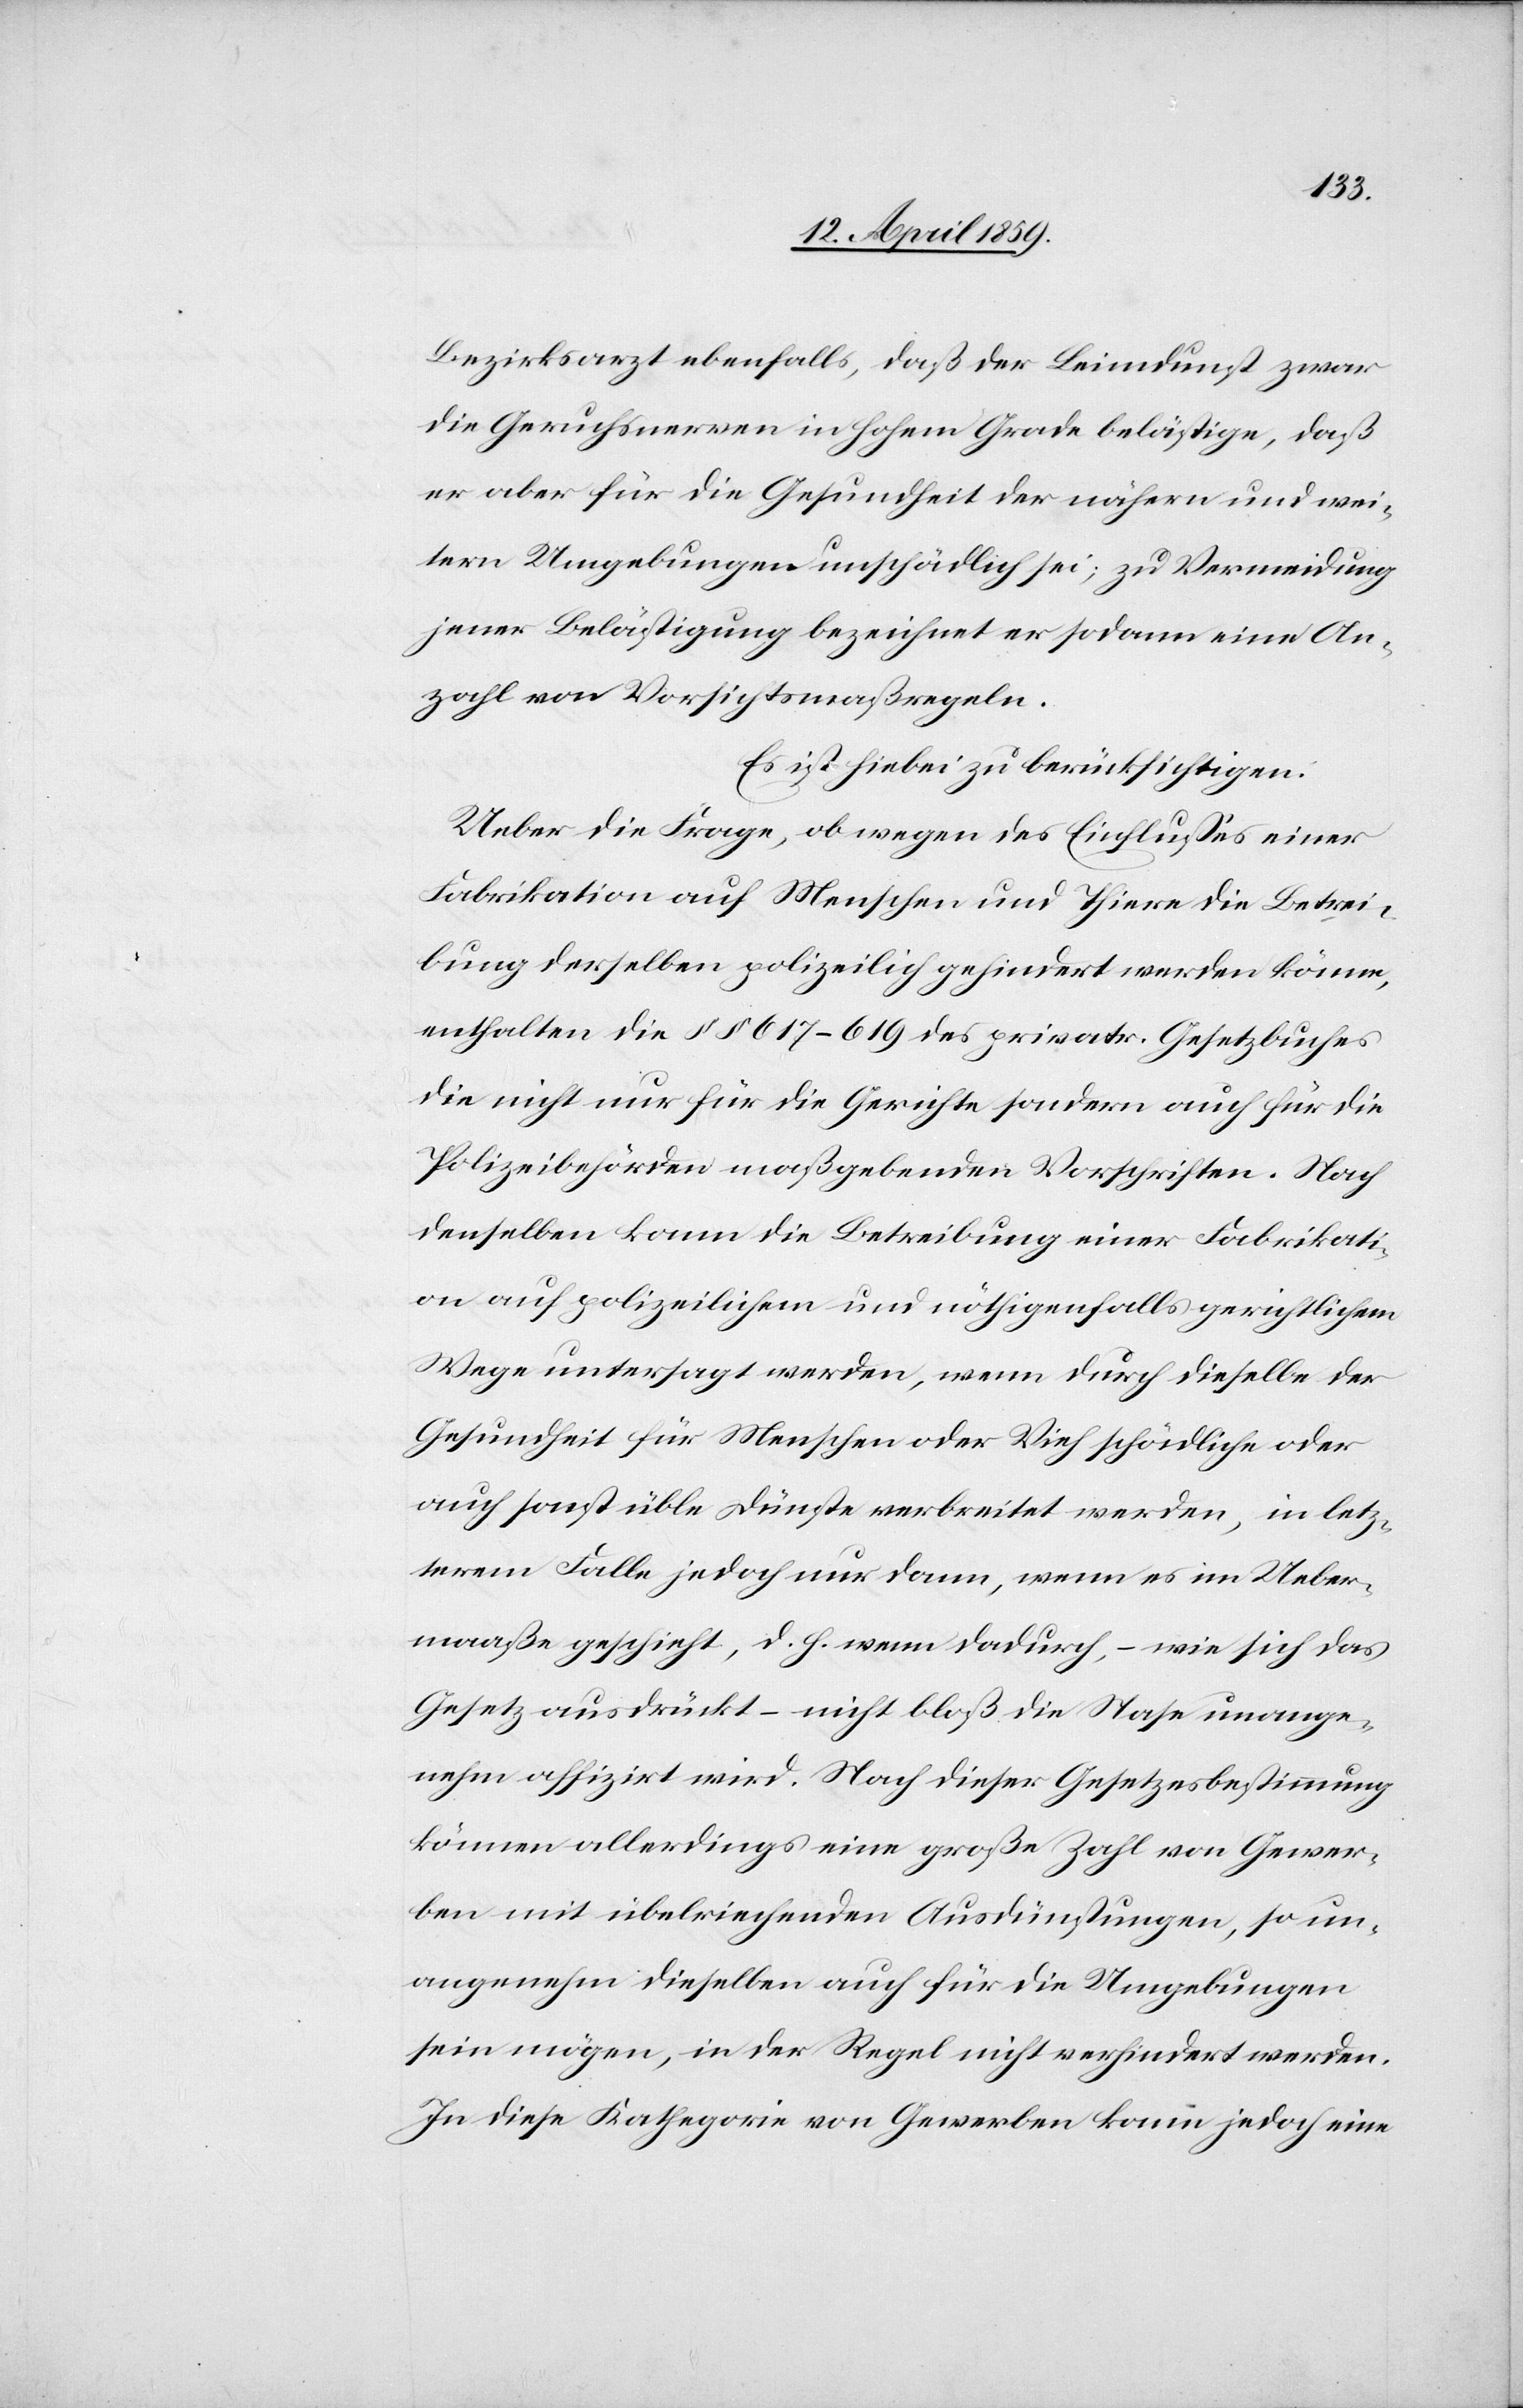
Bezirksarzt ebenfalls, daß der Leimdunst zwar
die Geruchsnerven in hohem Grade belästige, daß
er aber für die Gesundheit der nähern und wei¬
tern Umgebungen unschädlich sei, zu Vermeidung
jener Belästigung bezeichnet er sodann eine An¬
zahl von Vorsichtsmaßregeln.
Es ist hiebei zu berücksichtigen:
Ueber die Frage, ob wegen des Einflußes einer
Fabrikation auf Menschen und Thiere die Betrei¬
bung derselben polizeilich gehindert werden könne,
enthalten die § § 617-619 des privatr. Gesetzbuches
die nicht nur für die Gerichte sondern auch für die
Polizeibehörden maßgebenden Vorschriften. Nach
denselben kann die Betreibung einer Fabrikati¬
on auf polizeilichem und nöthigenfalls gerichtlichem
Wege untersagt werden, wenn durch dieselbe der
Gesundheit für Menschen oder Vieh schädliche oder
auch sonst üble Dünste verbreitet werden, in letz¬
erem Falle jedoch nur dann, wenn es im Ueber¬
maaße geschieht, d. h. wenn dadurch, ( wie sich das
Gesetz ausdrückt ( nicht bloß die Nase unange¬
nehm affizirt wird. Nach dieser Gesetzesbestimmung
können allerdings eine große Zahl von Gewer¬
ben mit übelriechenden Ausdünstungen, so un¬
angenehm dieselben auch für die Umgebungen
sein mögen, in der Regel nicht verhindert werden.
In diese Kathegorie von Gewerben kann jedoch eine